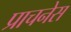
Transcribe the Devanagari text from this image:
प्राचनेस